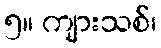
၅။ ကျားသစ်၊